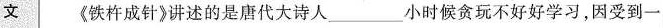
文《铁杵成针讲述的是唐代大诗人___小时候贪玩不好好学习，因受到一